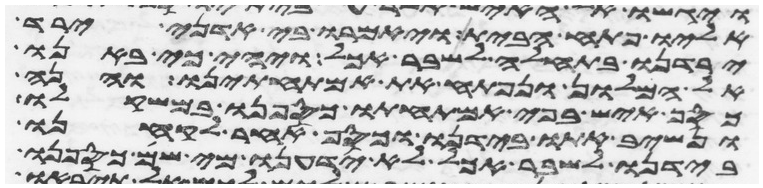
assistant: אליו פתח הבית ויאמרו בי אדני ירד
ירדנו בתחלה לשבר אכל ויהי כי באנו
אל המלון ונפתח את אמתחתינו והנה
כסף איש בפי אמתחתו כספנו במשקלו
ונשיב אתו בידנו וכסף אחר לקחנו
בידנו לשבר אכל לא ידענו מי שם כספנו